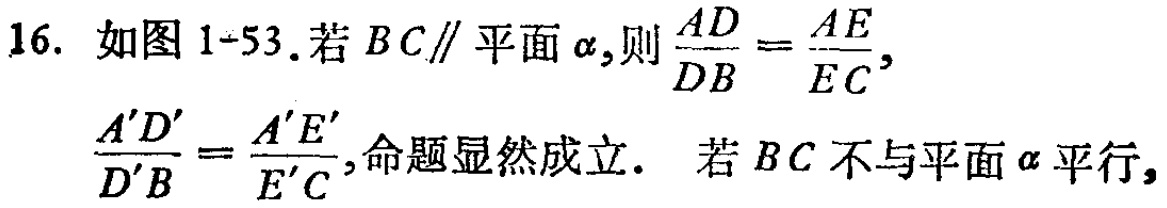
16. 如图1-53.若 \(BC\parallel\)平面\(\alpha\),则\(\frac{AD}{DB}=\frac{AE}{EC}\),\(\frac{A'D'}{D'B}=\frac{A'E'}{E'C}\),命题显然成立. 若 \(BC\)不与平面\(\alpha\)平行,